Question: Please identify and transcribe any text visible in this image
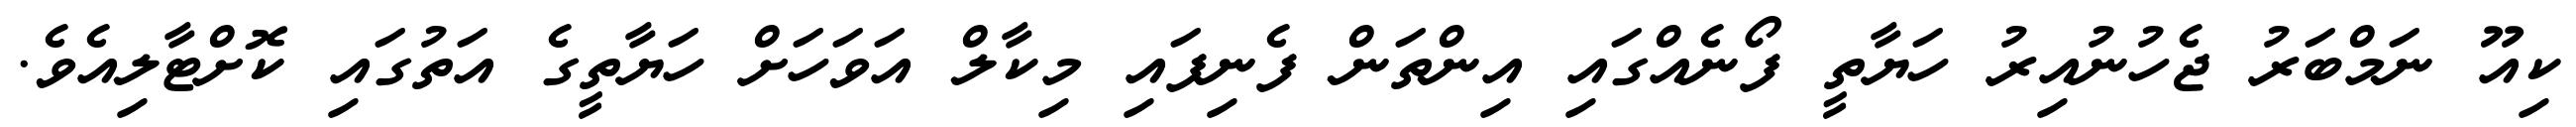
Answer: ކިއޫ ނަމްބަރު ޖެހުނުއިރު ހަޔާތީ ފޯނެއްގައި އިންތަން ފެނިފައި މިކާލް އަވަހަށް ހަޔާތީގެ އަތުގައި ކޮށްޓާލިއެވެ.